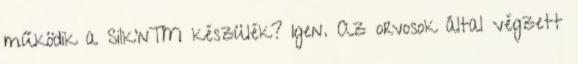
működik a Silk’n™ készülék? Igen. Az orvosok által végzett